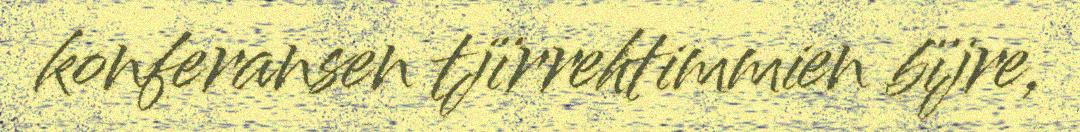
konferansen tjïrrehtimmien bïjre,